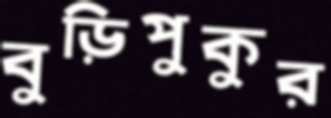
বুড়িপুকুর